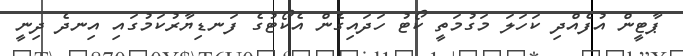
ޕާޓީން އުފެއްދި ކަހަލަ މަގުމަތީ ކޯޓު ހަދައިގެން އެކޯޓުގެ ފަނޑިޔާރުކަމުގައި އިނދެ ދިނީ